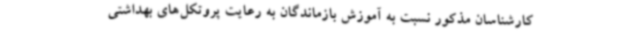
کارشناسان مذکور نسبت به آموزش بازماندگان به رعایت پروتکل‌های بهداشتی